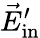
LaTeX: \vec{E}_{\mathrm{in}}^{\prime}